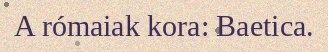
A rómaiak kora: Baetica.